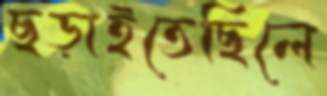
ছড়াইতেছিলে